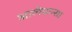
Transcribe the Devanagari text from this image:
आलेग्रान्सा